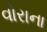
વોરાના